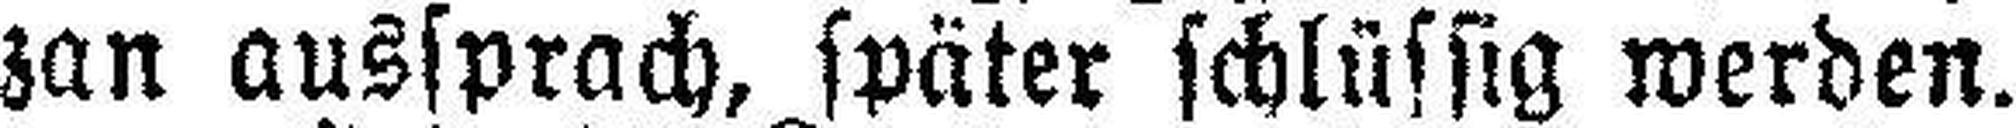
zan aussprach, später schlüssig werden.